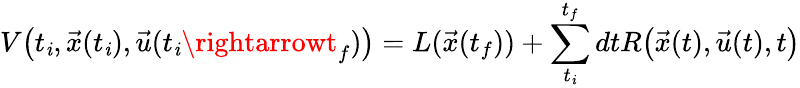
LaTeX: V\big(t_{\mathit{i}},\vec{{x}}(t_{\mathit{i}}),\vec{{u}}(t_{\mathit{i}}\rightarrowt_{f})\big)=L(\vec{{x}}(t_{f}))+\sum_{t_{\mathit{i}}}^{t_{f}}dtR\big(\vec{{x}}(t),\vec{{u}}(t),t\big)